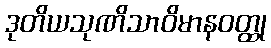
ဒုတိယသုဏိသာဝိမာနဝတ္ထု